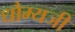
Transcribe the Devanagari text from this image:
धौम्यजी